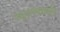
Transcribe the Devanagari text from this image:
जादूटोण्यावरील